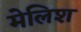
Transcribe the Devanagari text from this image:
मेलिश